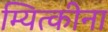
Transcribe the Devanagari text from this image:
म्यित्कीना